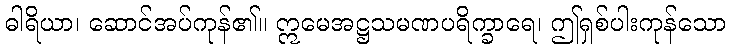
ဓါရိယာ၊ ဆောင်အပ်ကုန်၏။ ဣမေအဋ္ဌသမဏပရိက္ခာရေ၊ ဤရှစ်ပါးကုန်သော